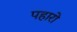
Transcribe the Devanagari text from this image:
पहारो